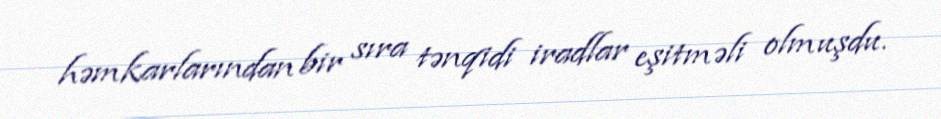
həmkarlarından bir sıra tənqidi iradlar eşitməli olmuşdu.